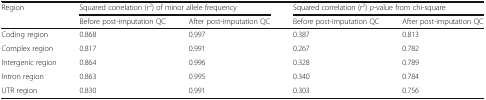
<table><thead><tr><td rowspan="2"><b>Region</b></td><td colspan="2"><b>Squared correlation (r<sup>2</sup>) of minor allele frequency</b></td><td colspan="2"><b>Squared correlation (r<sup>2</sup>) <i>p</i>-value from chi-square</b></td></tr><tr><td><b>Before post-imputation QC</b></td><td><b>After post-imputation QC</b></td><td><b>Before post-imputation QC</b></td><td><b>After post-imputation QC</b></td></tr></thead><tbody><tr><td>Coding region</td><td>0.868</td><td>0.997</td><td>0.387</td><td>0.813</td></tr><tr><td>Complex region</td><td>0.817</td><td>0.991</td><td>0.267</td><td>0.782</td></tr><tr><td>Intergenic region</td><td>0.864</td><td>0.996</td><td>0.328</td><td>0.789</td></tr><tr><td>Intron region</td><td>0.863</td><td>0.995</td><td>0.340</td><td>0.784</td></tr><tr><td>UTR region</td><td>0.830</td><td>0.991</td><td>0.303</td><td>0.756</td></tr></tbody></table>